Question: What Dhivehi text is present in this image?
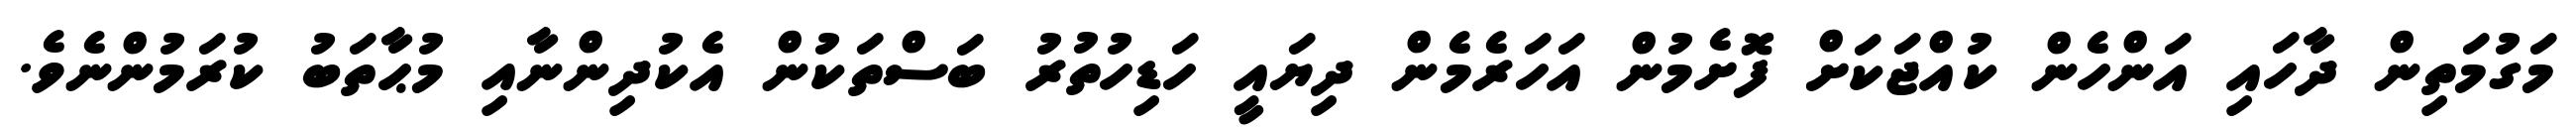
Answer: މަގުމަތިން ދާހައި އަންހެން ކުއްޖަކަށް ފޮށެމުން އަހަރެމެން ދިޔައީ ހަޑިހުތުރު ބަސްތަކުން އެކުދިންނާއި މުޙާތަބު ކުރަމުންނެވެ.